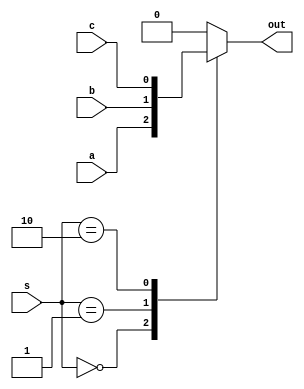
module mux_31(
    input a,
    input b,
    input c,
    input [1:0] s,
    output reg out
    );
    
    always @ (*)
    begin
         case(s)
               2'b00 :  out = a;
               2'b01 :  out = b;
               2'b10 :  out = c;
             default :  out = 0;
         endcase
     end          
endmodule